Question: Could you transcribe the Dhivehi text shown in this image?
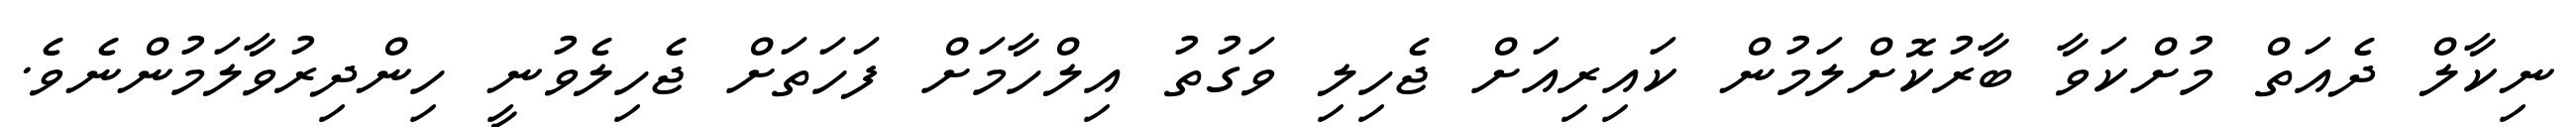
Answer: ނިކާލް ދެއަތް މުށްކަވާ ބާރުކޮށްލަމުން ކައިރިއަށް ޖެހިލި ވަގުތު އިލްހާމަށް ފަހަތަށް ޖެހިލެވުނީ ހިންދިރުވާލަމުންނެވެ.